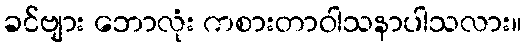
ခင်ဗျား ဘောလုံး ကစားတာဝါသနာပါသလား။